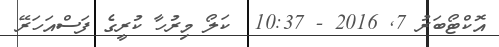
އޮކްޓޯބަރު 7